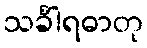
သင်္ခါရဓာတု